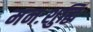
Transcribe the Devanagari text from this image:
मनःशुद्धिं